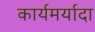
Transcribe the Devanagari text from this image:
कार्यमर्यादा